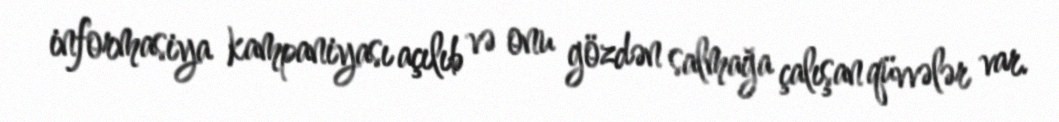
informasiya kampaniyası açılıb və onu gözdən salmağa çalışan qüvvələr var.